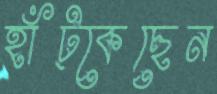
হাঁট্‌কেছেন